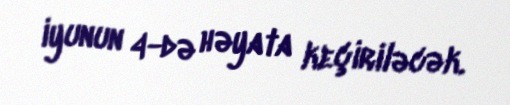
iyunun 4-də həyata keçiriləcək.